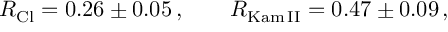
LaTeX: R _ { \mathrm { C l } } = 0 . 2 6 \pm 0 . 0 5 \, , \qquad R _ { \mathrm { K a m \, I I } } = 0 . 4 7 \pm 0 . 0 9 \, ,